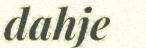
dahje